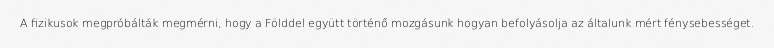
A fizikusok megpróbálták megmérni, hogy a Földdel együtt történő mozgásunk hogyan befolyásolja az általunk mért fénysebességet.